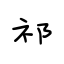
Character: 祁